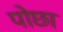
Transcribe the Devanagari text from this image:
पोछा